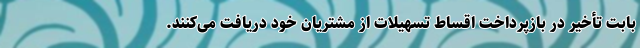
بابت تأخیر در بازپرداخت اقساط تسهیلات از مشتریان خود دریافت می‌کنند.